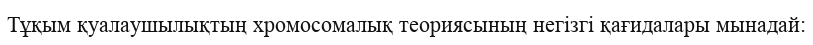
Тұқым қуалаушылықтың хромосомалық теориясының негізгі қағидалары мынадай: